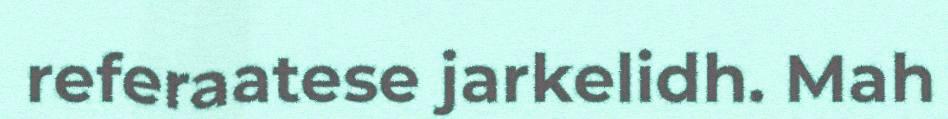
referaatese jarkelidh. Mah